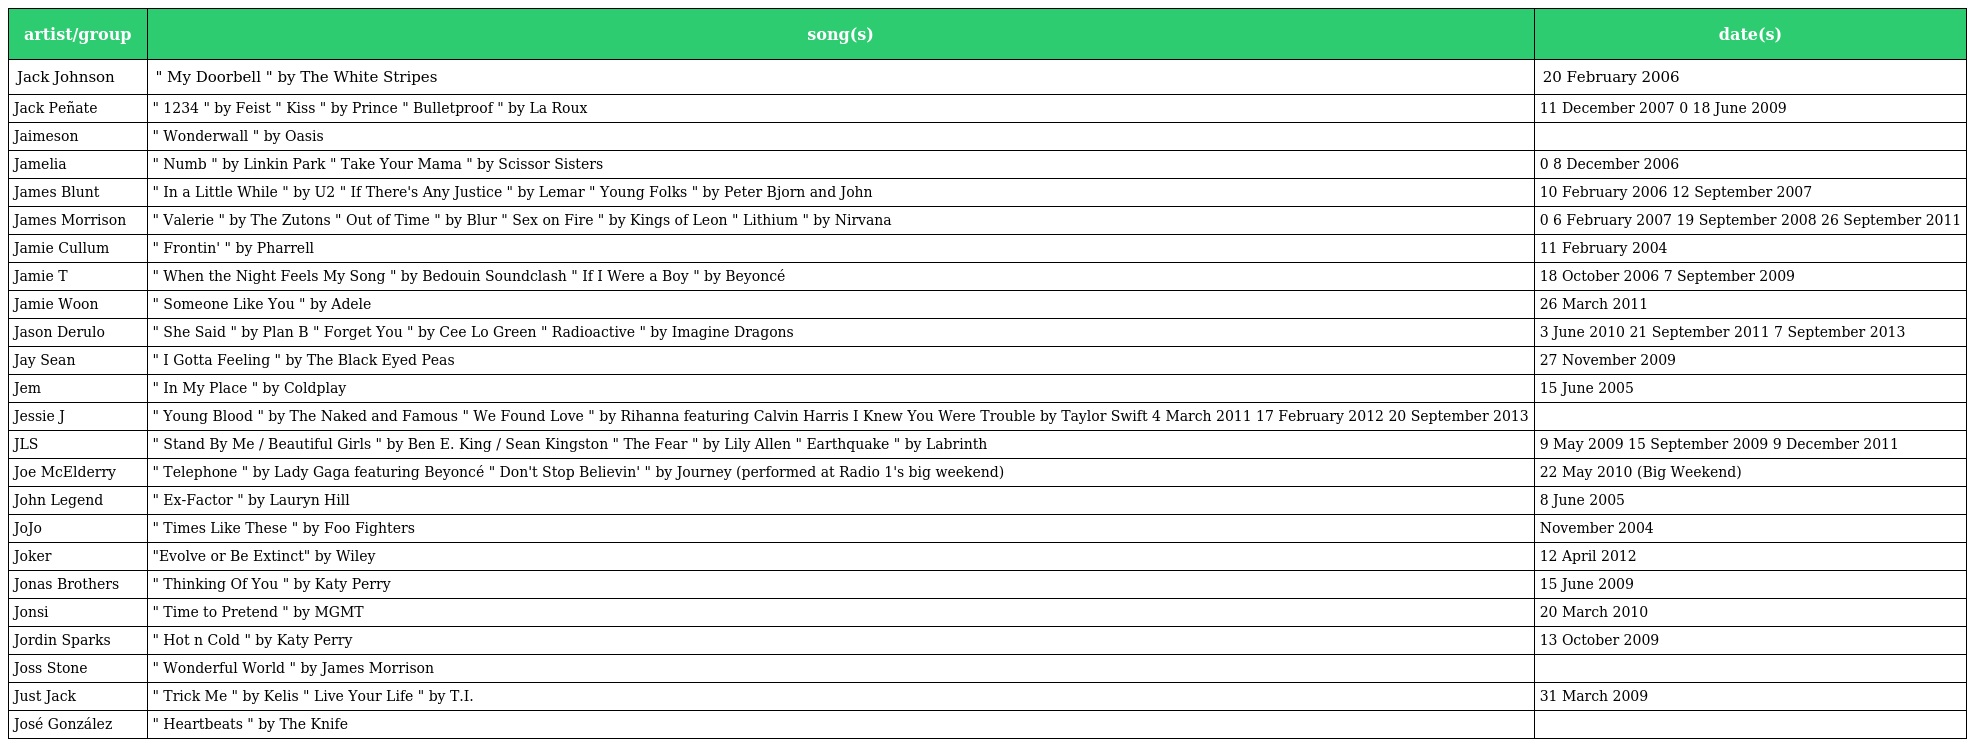
| artist/group | song(s) | date(s) |
 | --- | --- | --- |
 | Jack Johnson | " My Doorbell " by The White Stripes | 20 February 2006 |
 | Jack Peñate | " 1234 " by Feist " Kiss " by Prince " Bulletproof " by La Roux | 11 December 2007 0 18 June 2009 |
 | Jaimeson | " Wonderwall " by Oasis |  |
 | Jamelia | " Numb " by Linkin Park " Take Your Mama " by Scissor Sisters | 0 8 December 2006 |
 | James Blunt | " In a Little While " by U2 " If There's Any Justice " by Lemar " Young Folks " by Peter Bjorn and John | 10 February 2006 12 September 2007 |
 | James Morrison | " Valerie " by The Zutons " Out of Time " by Blur " Sex on Fire " by Kings of Leon " Lithium " by Nirvana | 0 6 February 2007 19 September 2008 26 September 2011 |
 | Jamie Cullum | " Frontin' " by Pharrell | 11 February 2004 |
 | Jamie T | " When the Night Feels My Song " by Bedouin Soundclash " If I Were a Boy " by Beyoncé | 18 October 2006 7 September 2009 |
 | Jamie Woon | " Someone Like You " by Adele | 26 March 2011 |
 | Jason Derulo | " She Said " by Plan B " Forget You " by Cee Lo Green " Radioactive " by Imagine Dragons | 3 June 2010 21 September 2011 7 September 2013 |
 | Jay Sean | " I Gotta Feeling " by The Black Eyed Peas | 27 November 2009 |
 | Jem | " In My Place " by Coldplay | 15 June 2005 |
 | Jessie J | " Young Blood " by The Naked and Famous " We Found Love " by Rihanna featuring Calvin Harris I Knew You Were Trouble by Taylor Swift 4 March 2011 17 February 2012 20 September 2013 |  |
 | JLS | " Stand By Me / Beautiful Girls " by Ben E. King / Sean Kingston " The Fear " by Lily Allen " Earthquake " by Labrinth | 9 May 2009 15 September 2009 9 December 2011 |
 | Joe McElderry | " Telephone " by Lady Gaga featuring Beyoncé " Don't Stop Believin' " by Journey (performed at Radio 1's big weekend) | 22 May 2010 (Big Weekend) |
 | John Legend | " Ex-Factor " by Lauryn Hill | 8 June 2005 |
 | JoJo | " Times Like These " by Foo Fighters | November 2004 |
 | Joker | "Evolve or Be Extinct" by Wiley | 12 April 2012 |
 | Jonas Brothers | " Thinking Of You " by Katy Perry | 15 June 2009 |
 | Jonsi | " Time to Pretend " by MGMT | 20 March 2010 |
 | Jordin Sparks | " Hot n Cold " by Katy Perry | 13 October 2009 |
 | Joss Stone | " Wonderful World " by James Morrison |  |
 | Just Jack | " Trick Me " by Kelis " Live Your Life " by T.I. | 31 March 2009 |
 | José González | " Heartbeats " by The Knife |  |